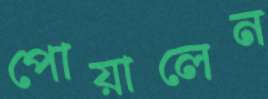
পোয়ালেন